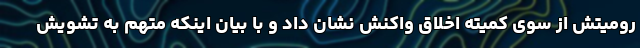
رومیتش از سوی کمیته اخلاق واکنش نشان داد و با بیان اینکه متهم به تشویش